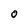
Character: O